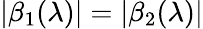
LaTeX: |\beta_{1}(\lambda)|=|\beta_{2}(\lambda)|